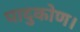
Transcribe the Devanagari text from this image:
पादुकोण।